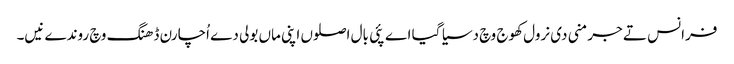
فرانس تے جرمنی دی نرول کھوج وچ دسیا گیا اے پئی بال اصلوں اپنی ماں بولی دے اُچارن ڈھنگ وچ روندے نیں۔